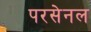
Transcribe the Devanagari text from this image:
परसेनल